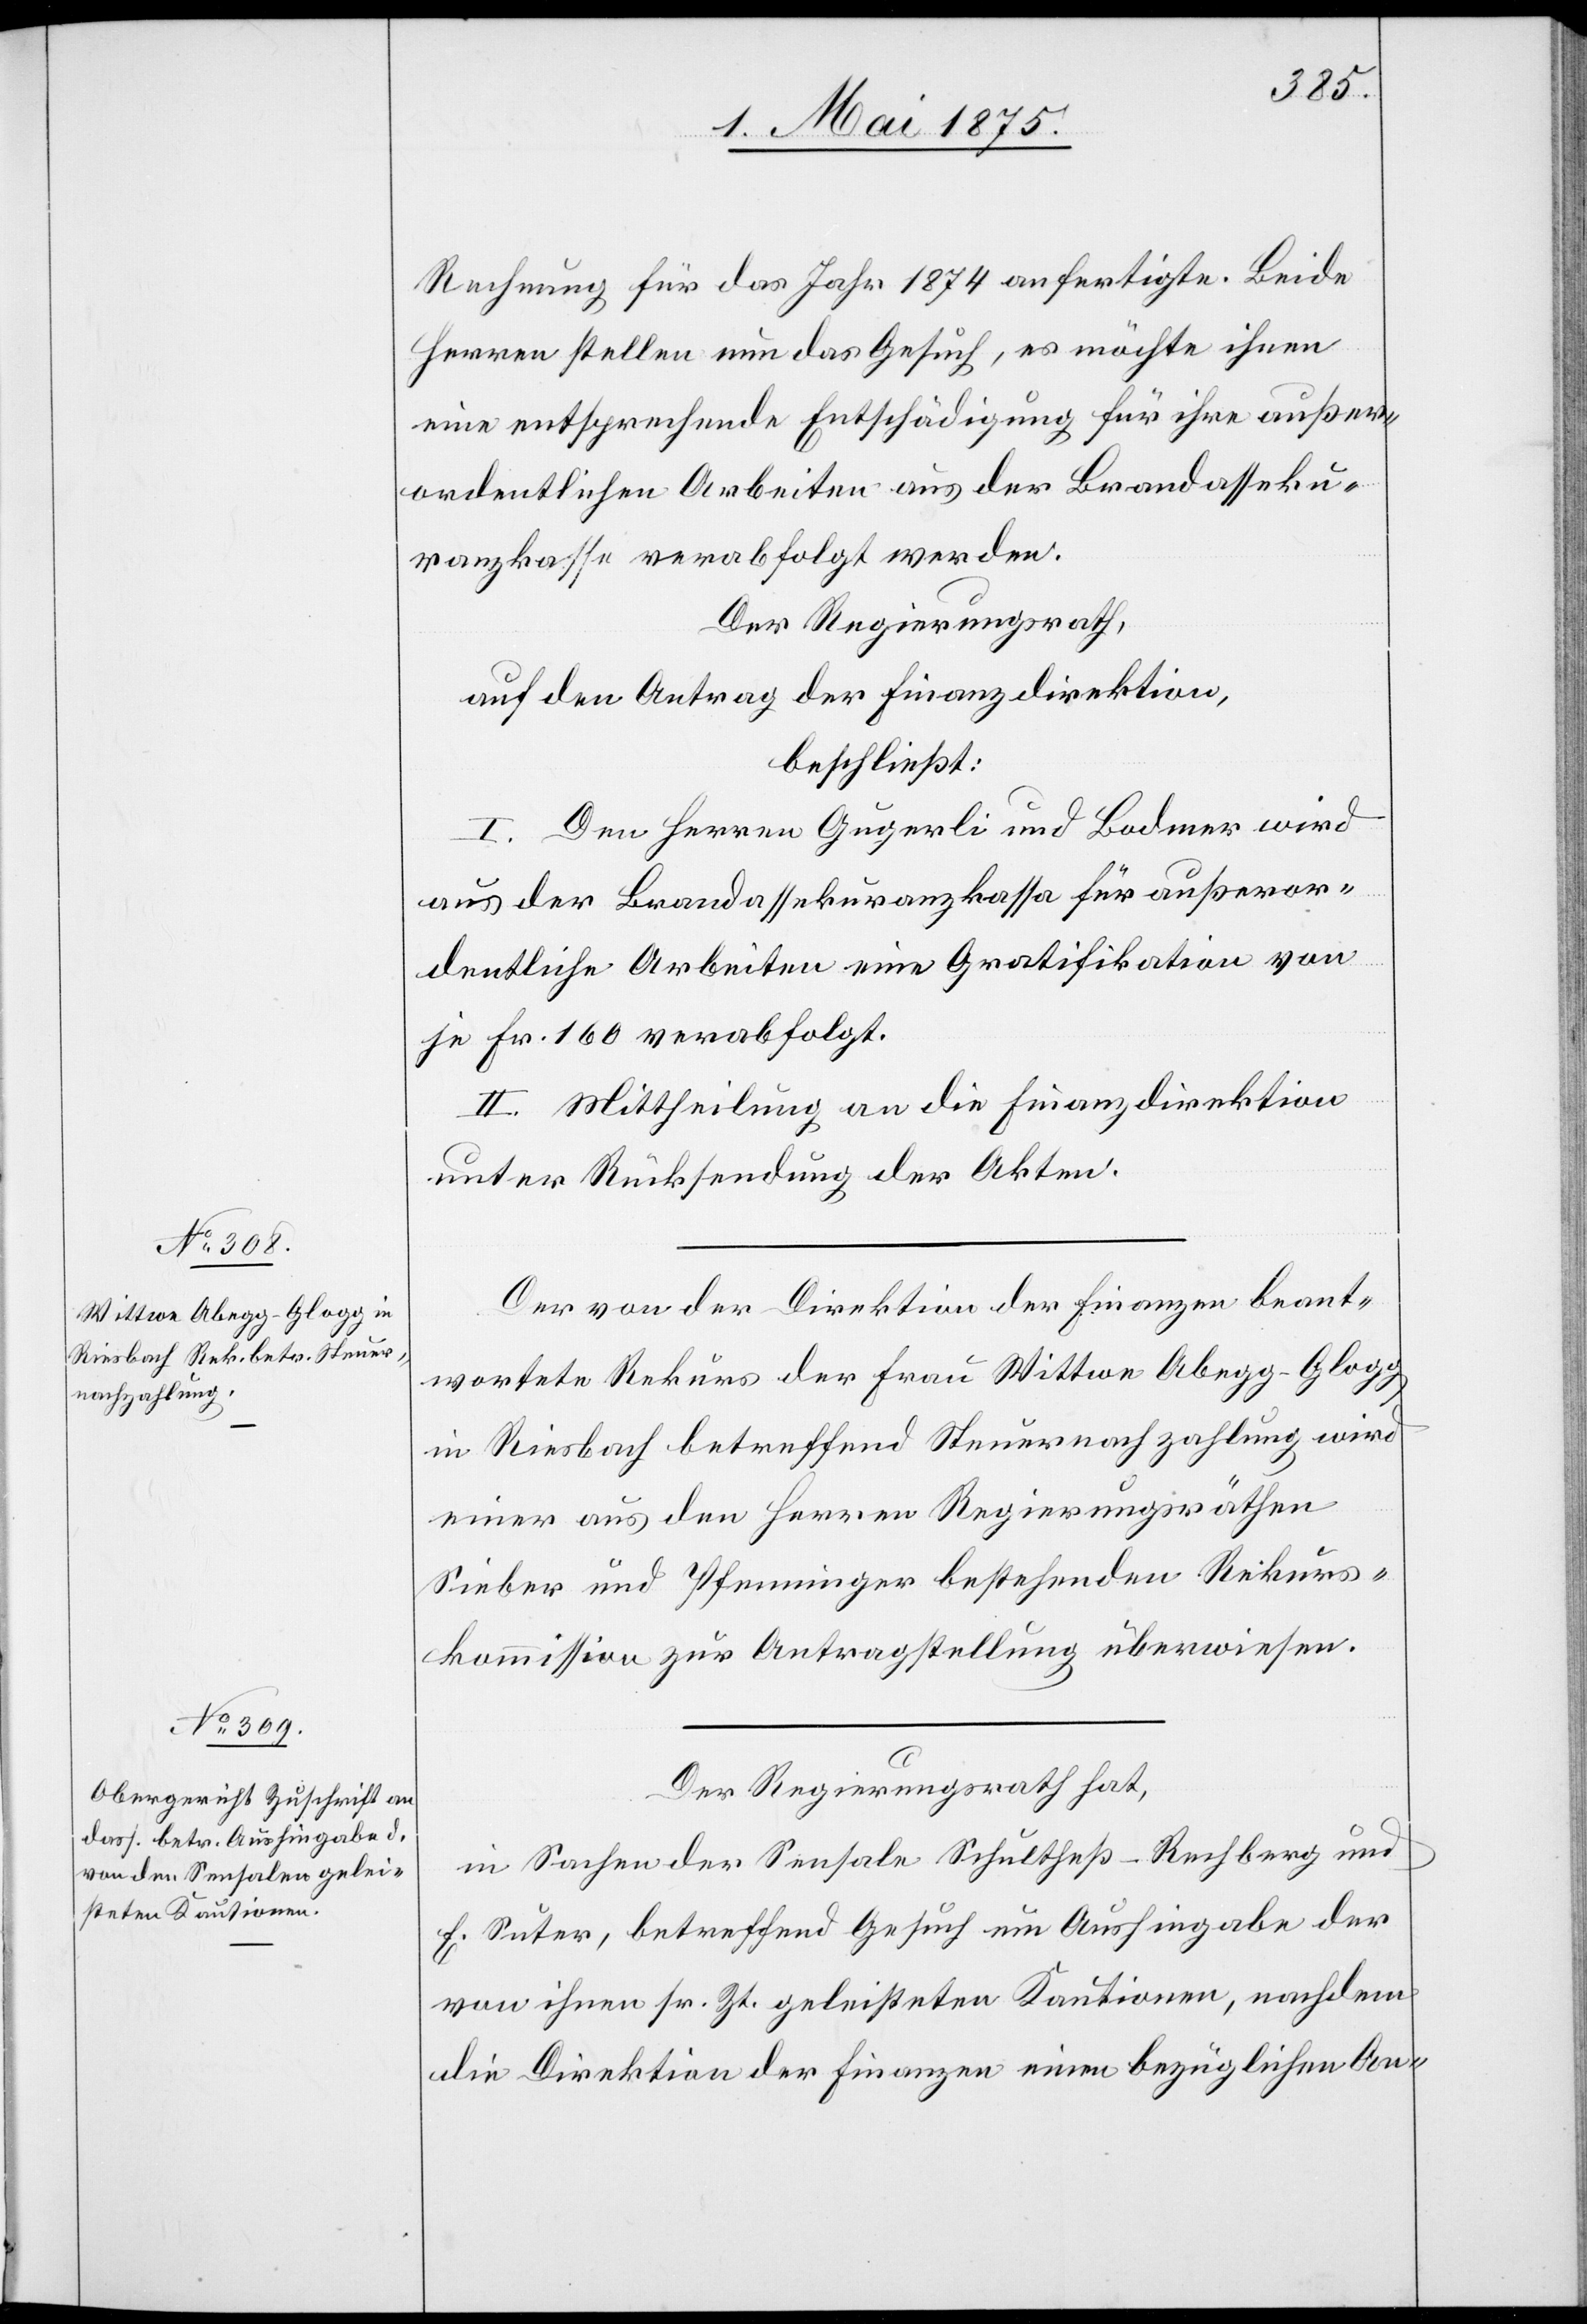
Rechnung für das Jahr 1874 anfertigte. Beide
Herren stellen nun das Gesuch, es möchte ihnen
eine entsprechende Entschädigung für ihre außer¬
ordentlichen Arbeiten aus der Brandasseku¬
ranzkasse verabfolgt werden.
Der Regierungsrath,
auf den Antrag der Finanzdirektion,
beschließt:
I. Den Herren Gugerli und Bodmer wird
aus der Brandassekuranzkassa für außeror¬
dentliche Arbeiten eine Gratifikation von
je fr. 160 verabfolgt.
II. Mitteilung an die Finanzdirektion
unter Rücksendung der Akten.
Der von der Direktion der Finanzen beant¬
wortete Rekurs der Frau Wittwe Abegg-Glogg
in Riesbach betreffend Steuernachzahlung wird
einer aus den Herren Regierungsräthen
Sieber und Pfenninger bestehenden Rekurs¬
kommission zur Antragstellung überwiesen.
Der Regierungsrath hat,
in Sachen der Sensale Schultheß-Rechberg und
F. Suter, betreffend Gesuch um Aushingabe der
von ihnen sr. Zt. geleisteten Kautionen, nachdem
die Direktion der Finanzen einen bezüglichen An-